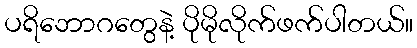
ပရိဘောဂတွေနဲ့ ပိုမိုလိုက်ဖက်ပါတယ်။